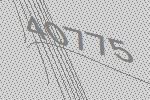
40775